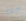
جدا